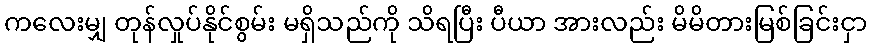
ကလေးမျှ တုန်လှုပ်နိုင်စွမ်း မရှိသည်ကို သိရပြီး ပီယာ အားလည်း မိမိတားမြစ်ခြင်းငှာ